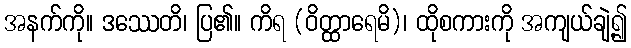
အနက်ကို။ ဒဿေတိ၊ ပြ၏။ ကိရ (ဝိတ္ထာရေမိ)၊ ထိုစကားကို အကျယ်ချဲ့၍